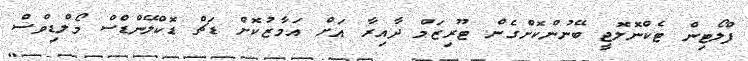
ފްލޯޓިން ޓެކްނޮލޮޖީ ބޭނުންކޮށްގެން ޓޫރިޒަމް ދާއިރާ އަށް އަމާޒުކޮށް ޑަޗް ޑޮކްލޭންޑްސް މޯލްޑިވްސް